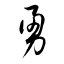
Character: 勇